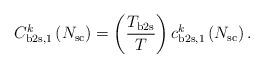
LaTeX: \begin{align*}C^k_{\mathrm{b2s},1}\left( N_{\mathrm{sc}} \right) = \left(\frac{T_{\mathrm{b2s}}}{T}\right) c^k_{\mathrm{b2s},1}\left( N_{\mathrm{sc}} \right).\end{align*}